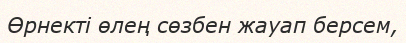
Өрнекті өлең сөзбен жауап берсем,